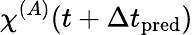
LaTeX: {\chi\smash[t]{\mathstrut}}^{(A)}(t+\Delta t_{\mathrm{pred}})